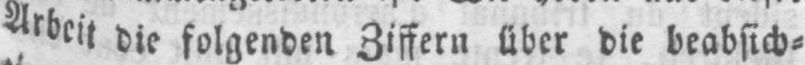
Arbeit die folgenden Ziffern über die beabsich⸗